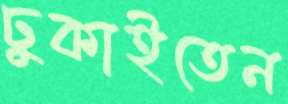
ঢুকাইতেন